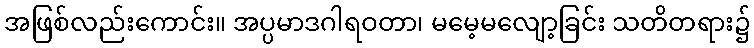
အဖြစ်လည်းကောင်း။ အပ္ပမာဒဂါရဝတာ၊ မမေ့မလျော့ခြင်း သတိတရား၌